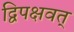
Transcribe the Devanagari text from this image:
द्विपक्षवत्‌